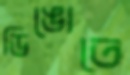
ডিঙোতে